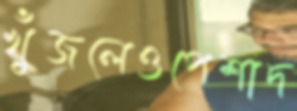
খুঁজলেওপেশাদ